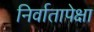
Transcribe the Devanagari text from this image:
निर्वातापेक्षा